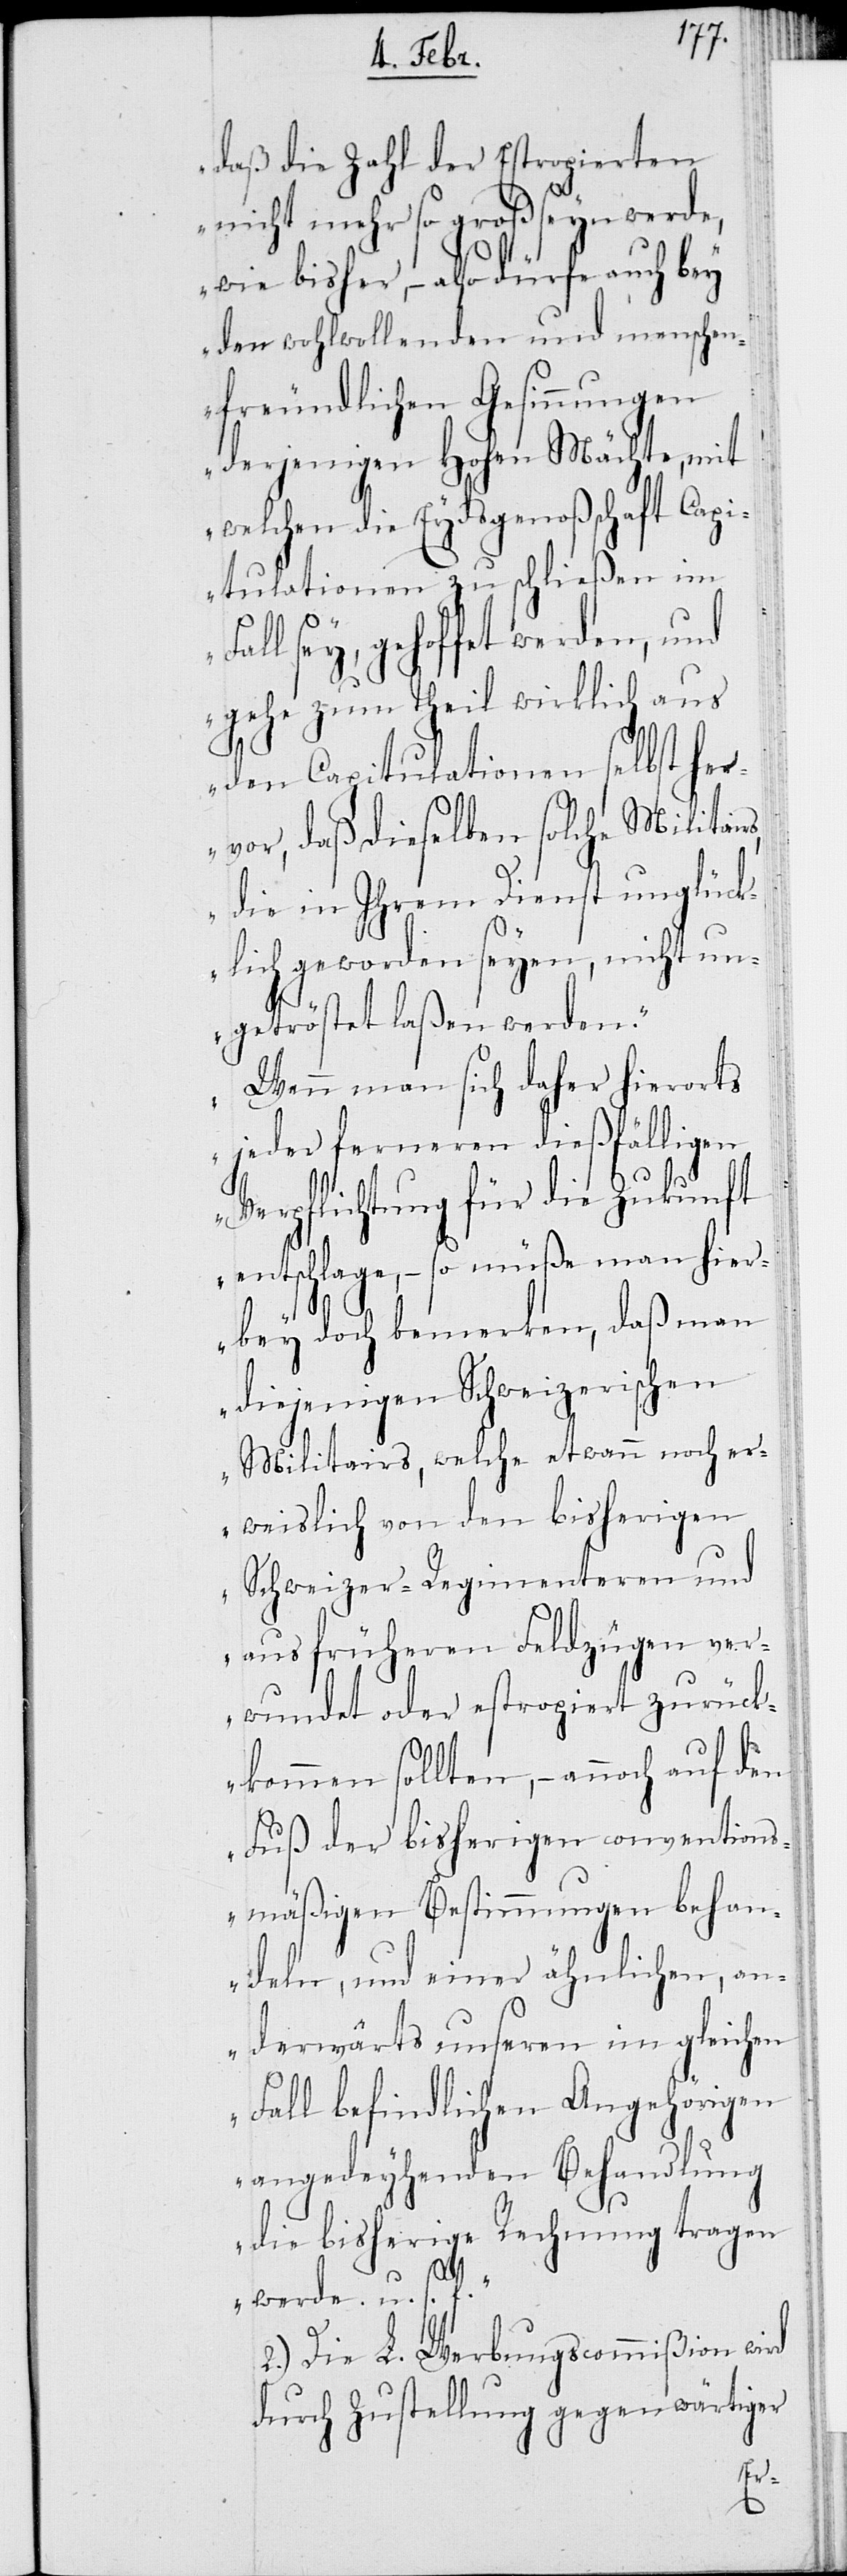
daß die Zahl der Estropierten
nicht mehr so groß seyn werde,
wie bisher, – also dürfe auch bey
den wohlwollenden und menschen¬
freundlichen Gesinnungen
derjenigen Hohen Mächte, mit
welchen die Eydsgenoßschaft Capi¬
tulationen zu schließen im
all sey, gehoffet werden, und
gehe zum Theil wirklich aus
den Capitulationen selbst her¬
vor, daß dieselben solche Militair¬
s, die in Ihrem Dienst unglück¬
lich geworden seyen, nicht un¬
getröstet laßen werden.
Wenn man sich daher hierorts
jeder ferneren dießfälligen
Verpflichtung für die Zukunft
entschlage, – so müße man hier¬
bey doch bemerken, daß man
diejenigen Schweizerischen
Militairs, welche etwann noch er¬
weislich von den bisherigen
Schweizer-Regimenteren und
aus früheren Feldzügen ver¬
wundet oder estropiert zurück¬
kommen sollten, – annoch auf den
Fuß der bisherigen convention¬
smäßigen Bestimmungen behan¬
deln, und einer ähnlichen, an¬
derwärts unseren im gleichen
Fall befindlichen Angehörigen
angedeyhenden Behandlung
die bisherige Rechnung tragen
werde. u. s.
2.) Die L. Werbungcommißion wird
durch Zustellung gegenwärtiger
F¬